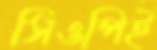
সিওপিই